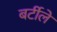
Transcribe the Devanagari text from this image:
बर्टीले